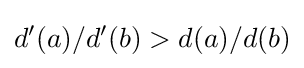
d'(a)/d'(b)>d(a)/d(b)